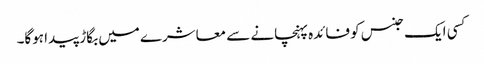
کسی ایک جنس کو فائدہ پہنچانے سے معاشرے میں بگاڑ پیدا ہوگا۔